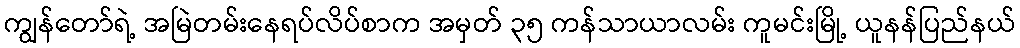
ကျွန်တော်ရဲ့ အမြဲတမ်းနေရပ်လိပ်စာက အမှတ် ၃၅ ကန်သာယာလမ်း ကူမင်းမြို့ ယူနန်ပြည်နယ်